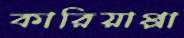
কারিয়াপ্পা